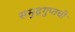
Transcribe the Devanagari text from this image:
समुद्रगुप्तची